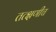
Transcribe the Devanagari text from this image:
तत्क्षणीच